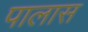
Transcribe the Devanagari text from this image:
पालास